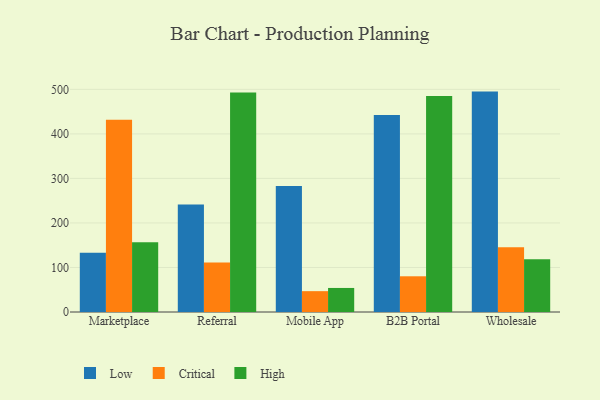
{"axis": {"x": "Channel", "y": "Demand Index"}, "legend": ["Critical", "High", "Low"], "data": [{"x": "Marketplace", "y": 132.9, "type": "Low"}, {"x": "Marketplace", "y": 431.5, "type": "Critical"}, {"x": "Marketplace", "y": 156.6, "type": "High"}, {"x": "Referral", "y": 241.2, "type": "Low"}, {"x": "Referral", "y": 110.9, "type": "Critical"}, {"x": "Referral", "y": 492.7, "type": "High"}, {"x": "Mobile App", "y": 283.0, "type": "Low"}, {"x": "Mobile App", "y": 46.8, "type": "Critical"}, {"x": "Mobile App", "y": 54.0, "type": "High"}, {"x": "B2B Portal", "y": 442.6, "type": "Low"}, {"x": "B2B Portal", "y": 80.2, "type": "Critical"}, {"x": "B2B Portal", "y": 485.0, "type": "High"}, {"x": "Wholesale", "y": 495.0, "type": "Low"}, {"x": "Wholesale", "y": 145.7, "type": "Critical"}, {"x": "Wholesale", "y": 118.3, "type": "High"}]}